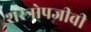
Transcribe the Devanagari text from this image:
शस्त्रोपजीवी